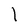
Character: l